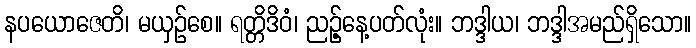
နပယောဇေတိ၊ မယှဉ်စေ။ ရတ္တိဒိဝံ၊ ညဉ့်နေ့ပတ်လုံး။ ဘဒ္ဒါယ၊ ဘဒ္ဒါအမည်ရှိသော။